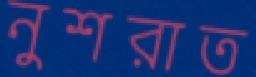
নুশরাত